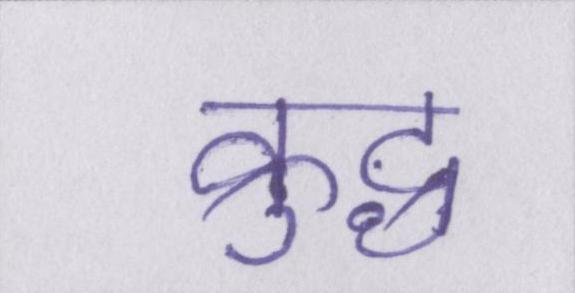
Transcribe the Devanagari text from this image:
क्रुद्ध